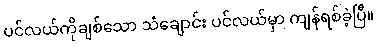
ပင်လယ်ကိုချစ်သော သံချောင်း ပင်လယ်မှာ ကျန်ရစ်ခဲ့ပြီ။